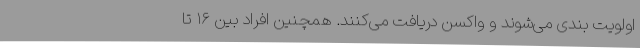
اولویت بندی می‌شوند و واکسن دریافت می‌کنند. همچنین افراد بین ۱۶ تا